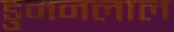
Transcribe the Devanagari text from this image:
डुमनलाल